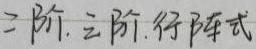
二阶, 三阶行列式